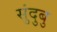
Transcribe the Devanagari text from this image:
सुंदुबु